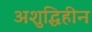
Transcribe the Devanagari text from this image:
अशुद्धिहीन